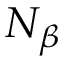
N _ { \beta }